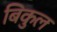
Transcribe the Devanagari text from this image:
बिकुल